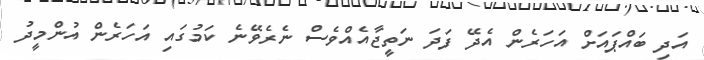
އަދި ބައްޕައަށް އަހަރެން އެދޭ ފަދަ ނަތީޖާއެއްވެސް ނެރެވޭނެ ކަމުގައި އަހަރެން އުންމީދު